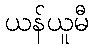
ယန်ယူမီ